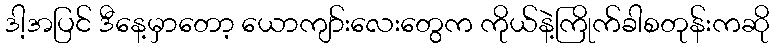
ဒါ့အပြင် ဒီနေ့မှာတော့ ယောကျာ်းလေးတွေက ကိုယ်နဲ့ကြိုက်ခါစတုန်းကဆို